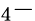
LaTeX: _4-